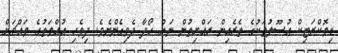
ޑިމޮކްރަޓިކް އުސޫލުތަކުގެ ތެރެއިން ރައްޔިތުން ނަށް ހޯދާ ދެވިގެންނެވެ. ދިވެހި އުއްމަތުގެ މައްޗަށް